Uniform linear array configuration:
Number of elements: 24
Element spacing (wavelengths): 0.25
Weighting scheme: exponential
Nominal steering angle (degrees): -30
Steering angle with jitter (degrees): -29.0
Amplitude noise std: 0.05
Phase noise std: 0.05

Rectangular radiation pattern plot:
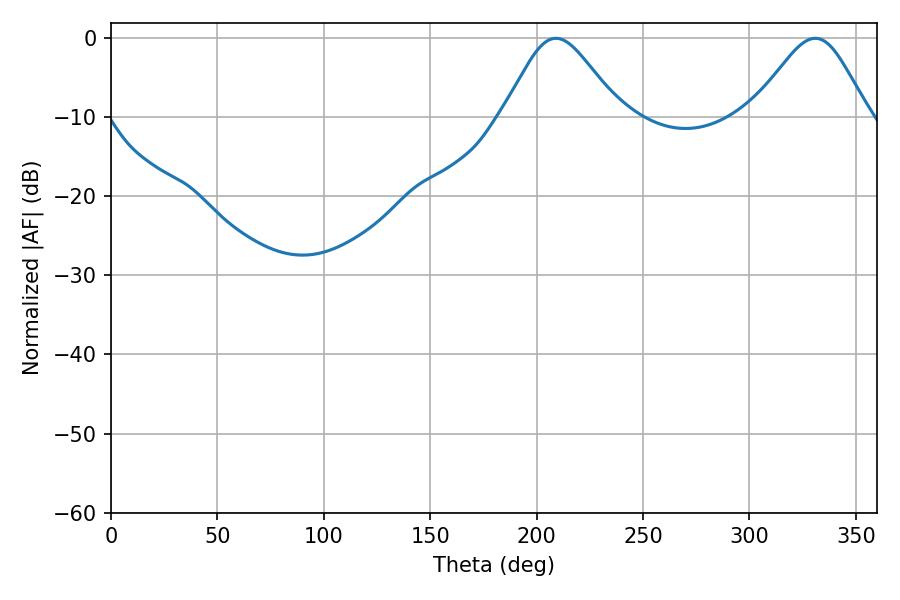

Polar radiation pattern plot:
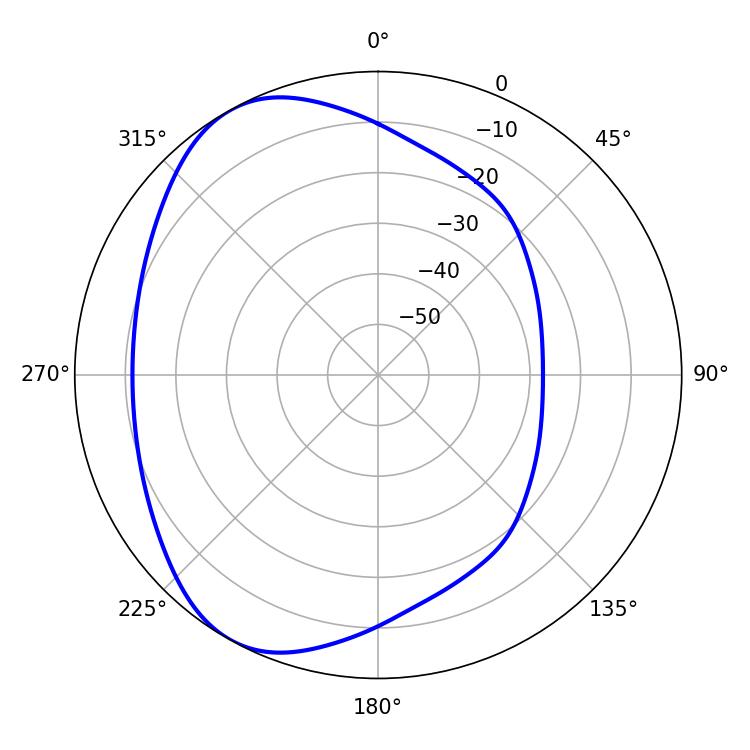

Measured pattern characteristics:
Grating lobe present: FALSE
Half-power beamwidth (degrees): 27
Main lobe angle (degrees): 208.98